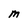
Character: M